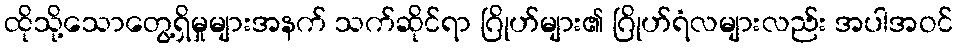
ထိုသို့သောတွေ့ရှိမှုများအနက် သက်ဆိုင်ရာ ဂြိုဟ်များ၏ ဂြိုဟ်ရံလများလည်း အပါအဝင်